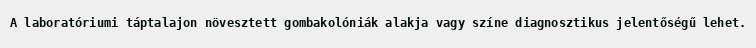
A laboratóriumi táptalajon növesztett gombakolóniák alakja vagy színe diagnosztikus jelentőségű lehet.